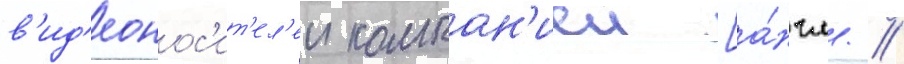
в'ид'еонос'ит'ел'еи компан'иеи [а́нгл. //